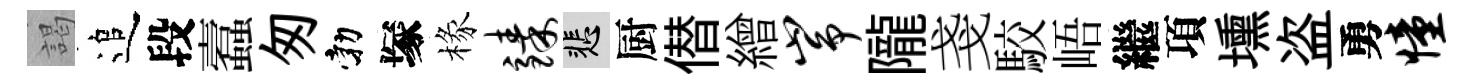
謁追段蠧匆勃塚椽臻悲厨僣繒峥隴戔駮峿繼項壎盗勇憧